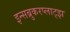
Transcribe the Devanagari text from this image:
इन्सब्रुकरप्लाट्झ